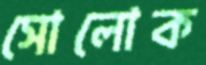
সোলোক